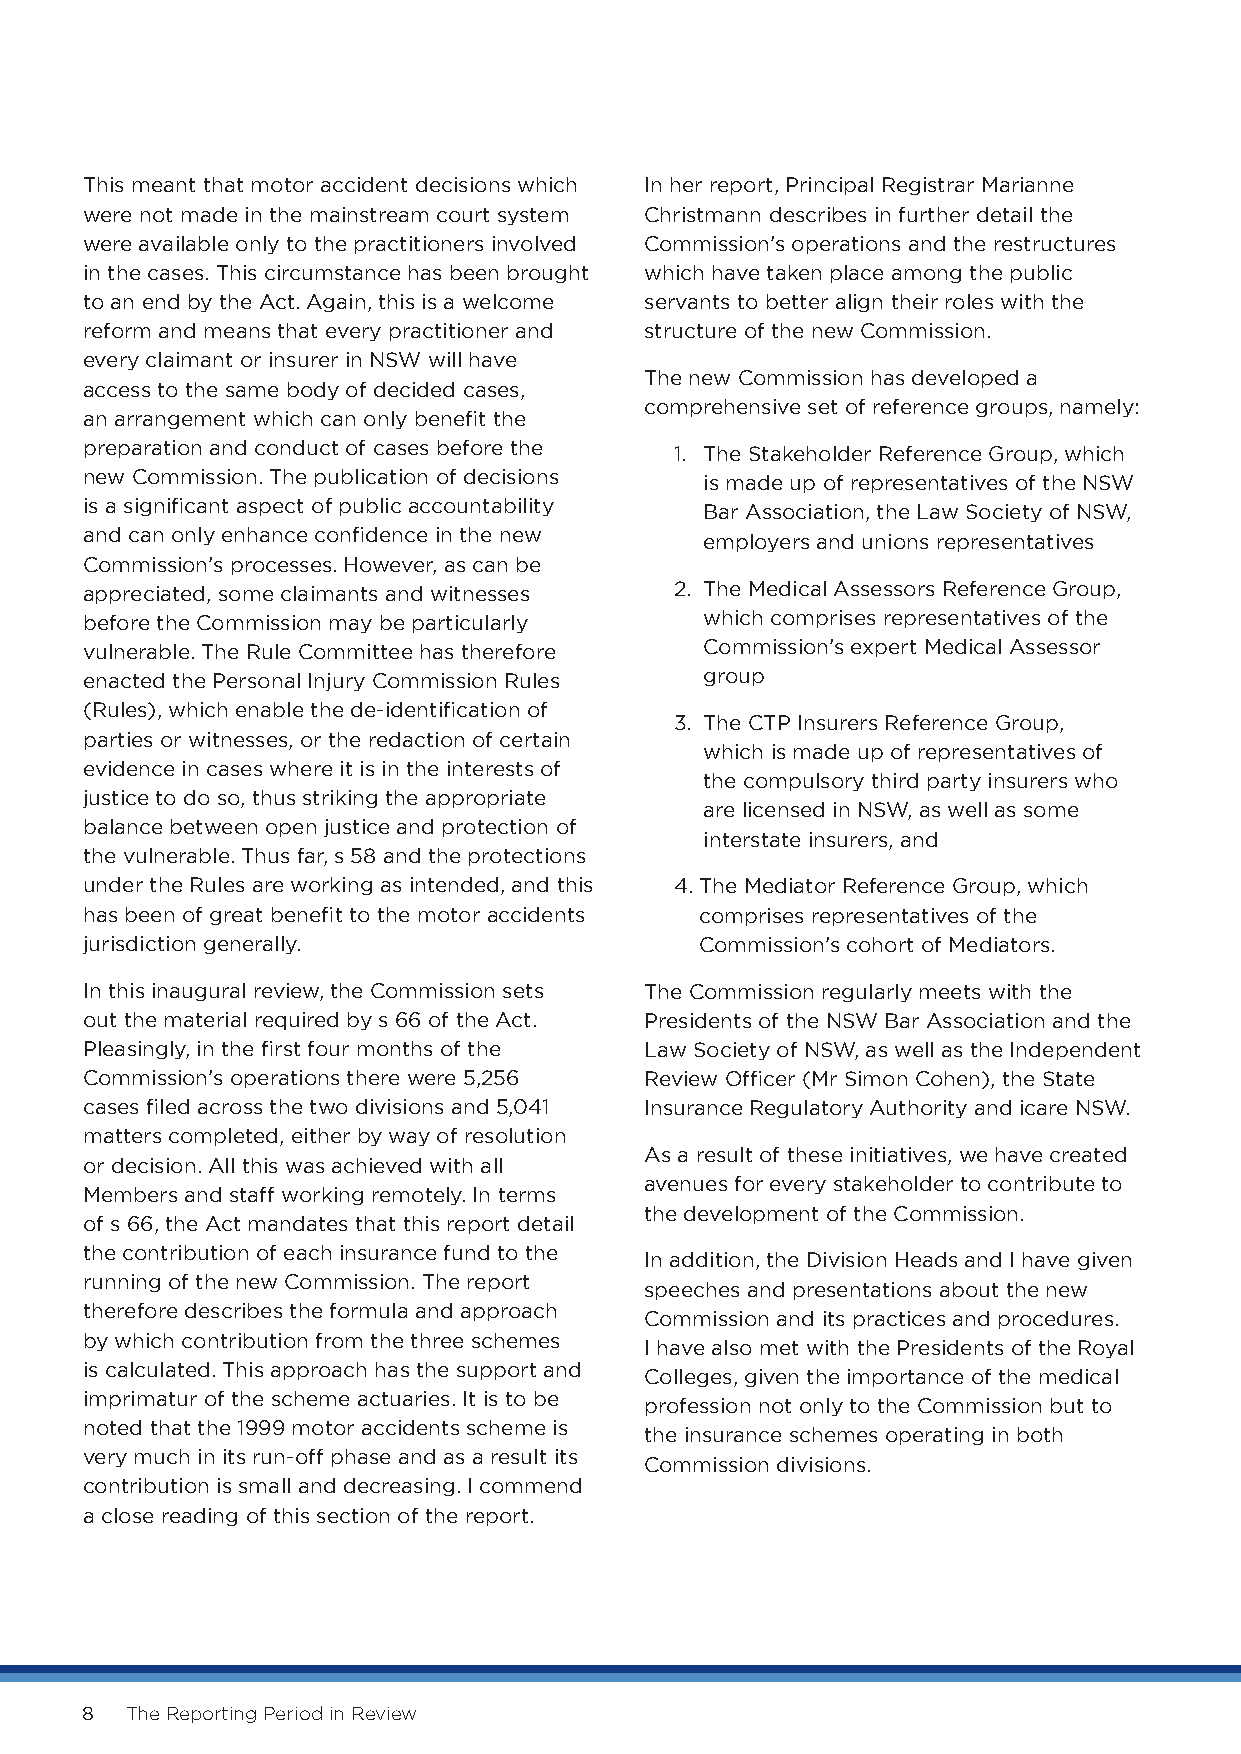
This meant that motor accident decisions which In her report, Principal Registrar Marianne
 were not made in the mainstream court system Christmann describes in further detail the
 were available only to the practitioners involved Commission’s operations and the restructures
 in the cases. This circumstance has been brought which have taken place among the public
 to an end by the Act. Again, this is a welcome servants to better align their roles with the
 reform and means that every practitioner and structure of the new Commission.
 every claimant or insurer in NSW will have
 The new Commission has developed a
 access to the same body of decided cases,
 comprehensive set of reference groups, namely:
 an arrangement which can only benefit the
 preparation and conduct of cases before the
 1 . T he Stakeholder Reference Group, which
 new Commission. The publication of decisions
 is made up of representatives of the NSW
 is a significant aspect of public accountability
 Bar Association, the Law Society of NSW,
 and can only enhance confidence in the new
 employers and unions representatives
 Commission’s processes. However, as can be
 appreciated, some claimants and witnesses 2. T he Medical Assessors Reference Group,
 before the Commission may be particularly which comprises representatives of the
 vulnerable. The Rule Committee has therefore Commission’s expert Medical Assessor
 enacted the Personal Injury Commission Rules group
 (Rules), which enable the de-identification of
 3. T he CTP Insurers Reference Group,
 parties or witnesses, or the redaction of certain
 which is made up of representatives of
 evidence in cases where it is in the interests of
 the compulsory third party insurers who
 justice to do so, thus striking the appropriate
 are licensed in NSW, as well as some
 balance between open justice and protection of
 interstate insurers, and
 the vulnerable. Thus far, s 58 and the protections
 under the Rules are working as intended, and this 4. The Mediator Reference Group, which
 has been of great benefit to the motor accidents comprises representatives of the
 jurisdiction generally.                  Commission’s cohort of Mediators.
 In this inaugural review, the Commission sets The Commission regularly meets with the
 out the material required by s 66 of the Act. Presidents of the NSW Bar Association and the
 Pleasingly, in the first four months of the Law Society of NSW, as well as the Independent
 Commission’s operations there were 5,256 Review Officer (Mr Simon Cohen), the State
 cases filed across the two divisions and 5,041 Insurance Regulatory Authority and icare NSW.
 matters completed, either by way of resolution
 As a result of these initiatives, we have created
 or decision. All this was achieved with all
 avenues for every stakeholder to contribute to
 Members and staff working remotely. In terms
 the development of the Commission.
 of s 66, the Act mandates that this report detail
 the contribution of each insurance fund to the
 In addition, the Division Heads and I have given
 running of the new Commission. The report
 speeches and presentations about the new
 therefore describes the formula and approach
 Commission and its practices and procedures.
 by which contribution from the three schemes
 I have also met with the Presidents of the Royal
 is calculated. This approach has the support and
 Colleges, given the importance of the medical
 imprimatur of the scheme actuaries. It is to be
 profession not only to the Commission but to
 noted that the 1999 motor accidents scheme is
 the insurance schemes operating in both
 very much in its run-off phase and as a result its
 Commission divisions.
 contribution is small and decreasing. I commend
 a close reading of this section of the report.
 8  The Reporting Period in Review